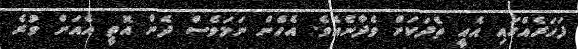
ފަހަރެއްގައި އެއީ ތެދަކަށް ވެދާނެއެވެ. އެހެން ނަމަވެސް ދެން އޮތީ އެއަށް ވުރެ